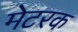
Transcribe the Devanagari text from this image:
मेटरक